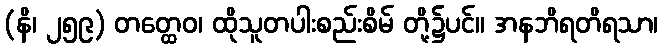
(နိ၊ ၂၅၉) တတ္ထေဝ၊ ထိုသူတပါးစည်းစိမ် တို့၌ပင်။ အနဘိရတိရသာ၊